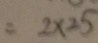
= 2 \times 2 5